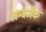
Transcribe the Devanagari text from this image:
लम्बर्जेक